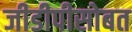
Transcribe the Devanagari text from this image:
जीडीपीसोबत